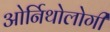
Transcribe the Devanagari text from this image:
ओर्निथोलोगी